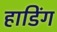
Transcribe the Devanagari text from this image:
हाडिंग